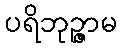
ပရိဘုဉ္ဇာမ